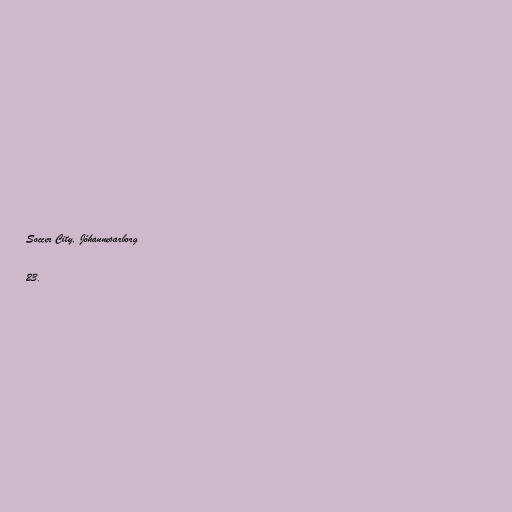
Soccer City, Jóhannesarborg

23.